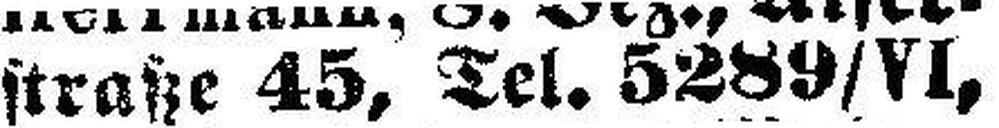
straße 45, Tel. 5289/VI,